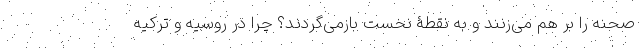
صحنه را بر هم می‌زنند و به نقطۀ نخست بازمی‌گردند؟ چرا در روسیه و ترکیه